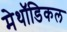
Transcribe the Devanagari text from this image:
मेथॉडिकल